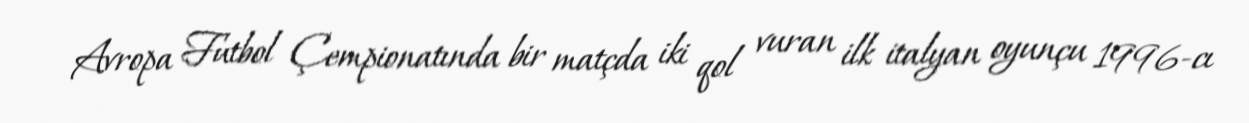
Avropa Futbol Çempionatında bir matçda iki qol vuran ilk italyan oyunçu 1996-cı